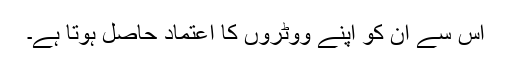
اس سے ان کو اپنے ووٹروں کا اعتماد حاصل ہوتا ہے۔